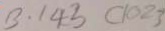
B . 1 4 3 C 1 0 2 3